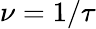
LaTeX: \nu=1/\tau